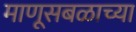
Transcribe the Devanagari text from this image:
माणूसबळाच्या